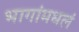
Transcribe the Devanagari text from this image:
भागांमधलं